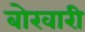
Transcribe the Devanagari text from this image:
बोखारी